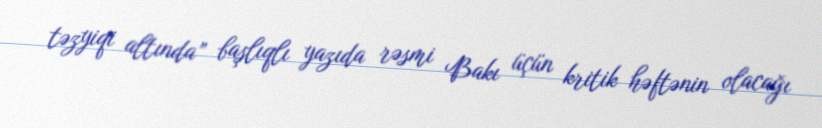
təzyiqi altında” başlıqlı yazıda rəsmi Bakı üçün kritik həftənin olacağı